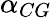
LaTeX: \alpha_{CG}